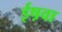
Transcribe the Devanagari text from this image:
ईष़वा